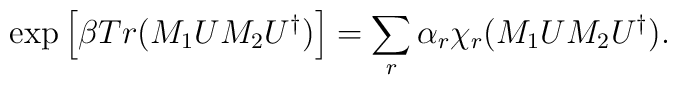
\exp \left[ \beta Tr (M_1UM_2U^{\dagger}) \right] = \sum_r \alpha_r\chi_r (M_1UM_2U^{\dagger}).